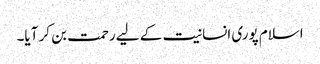
اسلام پوری انسانیت کے لیے رحمت بن کر آیا۔